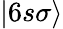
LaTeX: |6s\sigma\rangle